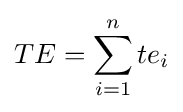
TE=\sum _{i=1}^{n}te_{i}